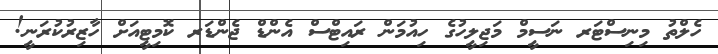
ހެލްތު މިނިސްޓަރ ނަސީމް މަޖިލީހުގެ ހިއުމަން ރައިޓްސް އެންޑް ޖެންޑަރ ކޮމިޓީއަށް ހާޒިރުކުރަނީ!